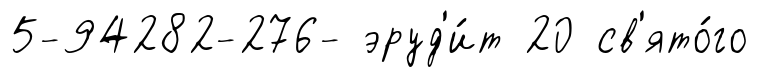
5-94282-276- эруд'и́т 20 св'ято́го